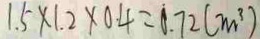
1 . 5 \times 1 . 2 \times 0 . 4 = 0 . 7 2 ( m ^ { 3 } )